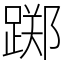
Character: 踯